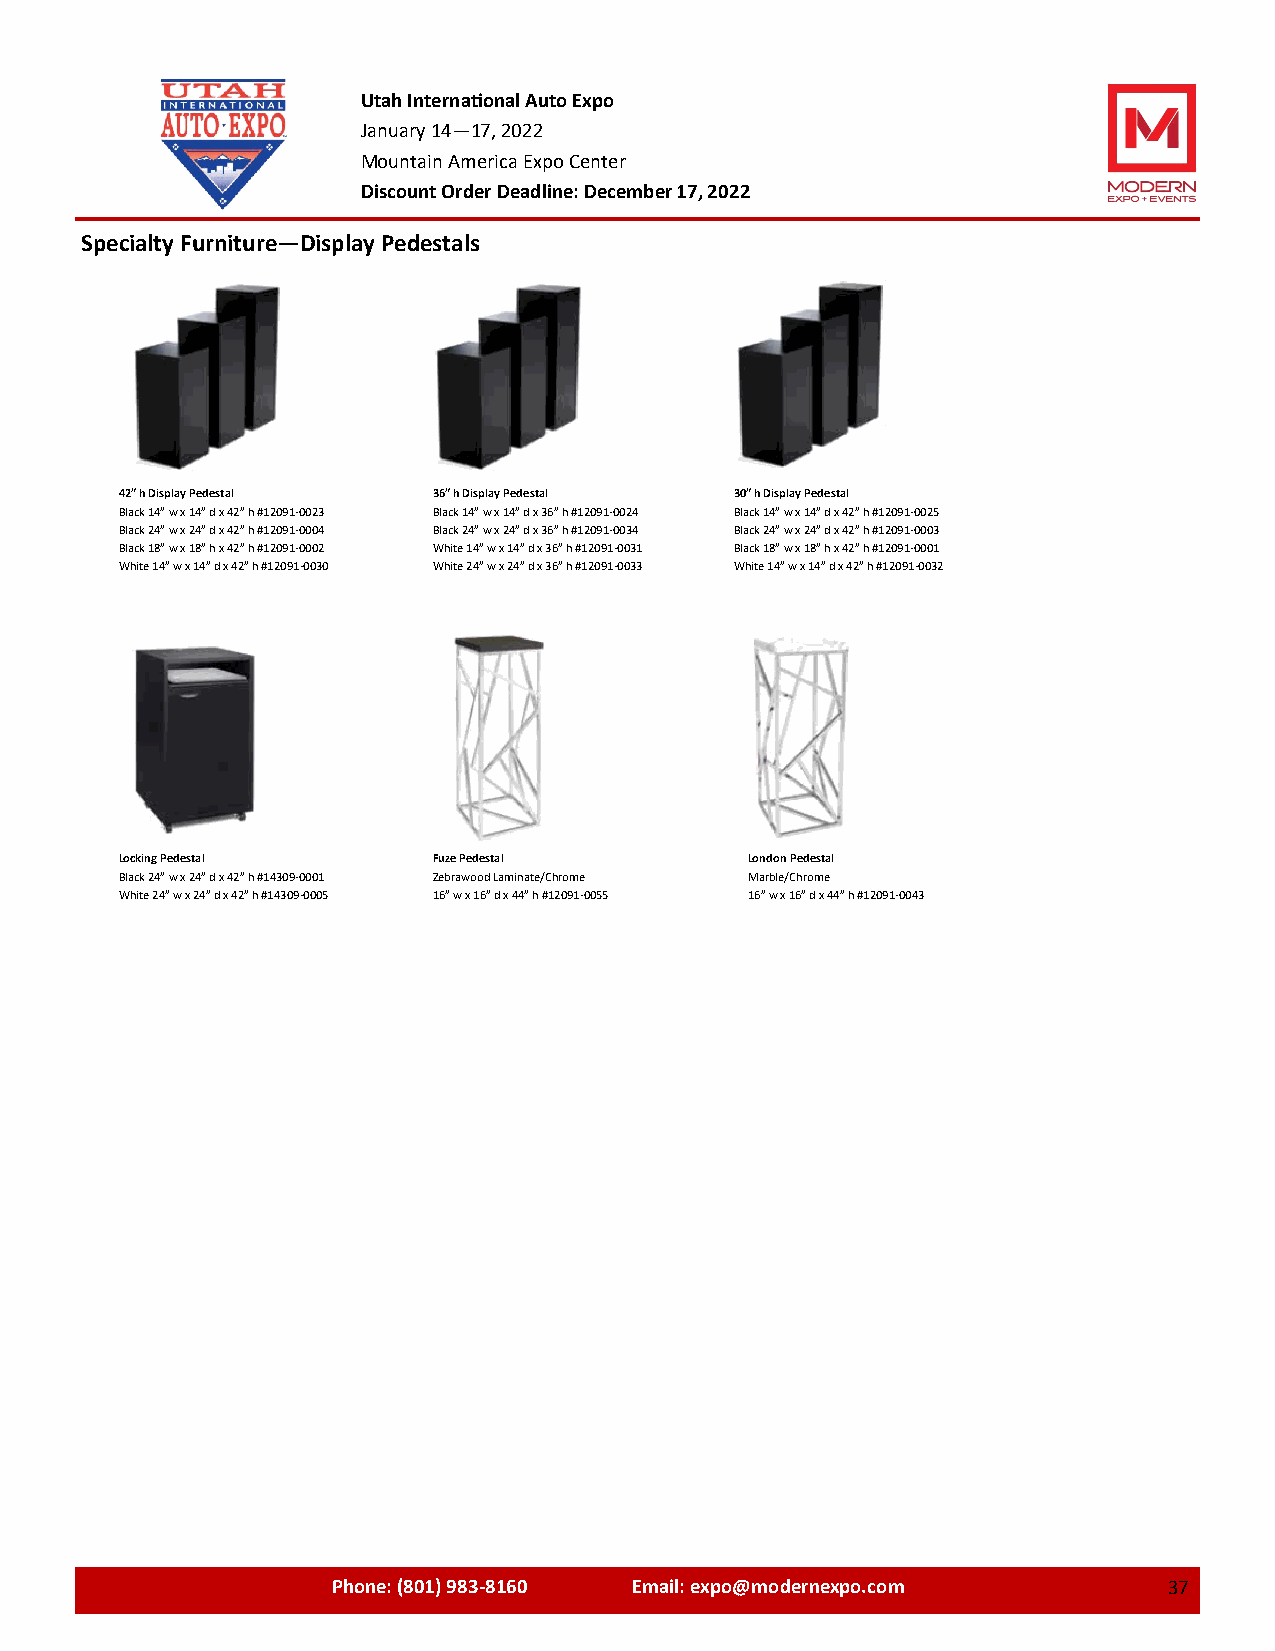
Utah International Auto Expo
 January 14—17, 2022
 Mountain America Expo Center
 Discount Order Deadline: December 17, 2022
 Specialty Furniture—Display Pedestals
 42” h Display Pedestal 36” h Display Pedestal 30” h Display Pedestal
 Black 14” w x 14” d x 42” h #12091-0023 Black 14” w x 14” d x 36” h #12091-0024 Black 14” w x 14” d x 42” h #12091-0025
 Black 24” w x 24” d x 42” h #12091-0004 Black 24” w x 24” d x 36” h #12091-0034 Black 24” w x 24” d x 42” h #12091-0003
 Black 18” w x 18” h x 42” h #12091-0002 White 14” w x 14” d x 36” h #12091-0031 Black 18” w x 18” h x 42” h #12091-0001
 White 14” w x 14” d x 42” h #12091-0030 White 24” w x 24” d x 36” h #12091-0033 White 14” w x 14” d x 42” h #12091-0032
 Locking Pedestal     Fuze Pedestal        London Pedestal
 Black 24” w x 24” d x 42” h #14309-0001 Zebrawood Laminate/Chrome Marble/Chrome
 White 24” w x 24” d x 42” h #14309-0005 16” w x 16” d x 44” h #12091-0055 16” w x 16” d x 44” h #12091-0043
 Phone: (801) 983-8160 Email: expo@modernexpo.com 3737373737X2373377